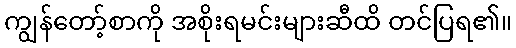
ကျွန်တော့်စာကို အစိုးရမင်းများဆီထိ တင်ပြရ၏။